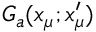
G _ { a } ( x _ { \mu } ; x _ { \mu } ^ { \prime } )